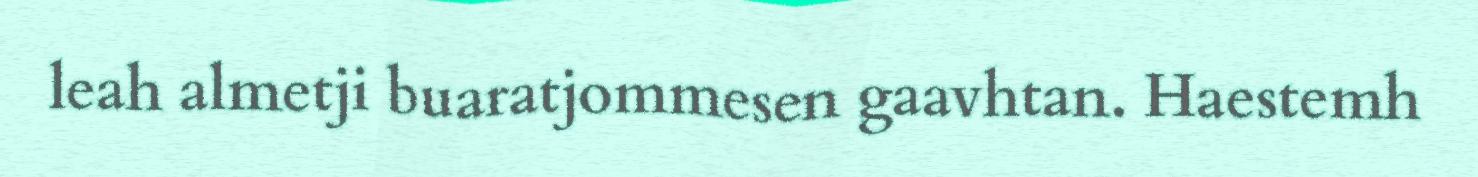
leah almetji buaratjommesen gaavhtan. Haestemh